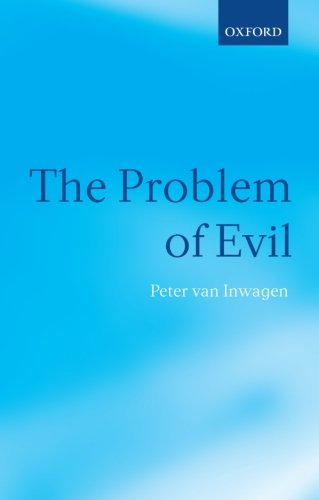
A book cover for The Problem of Evil; Peter van Inwagen; Politics & Social Sciences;